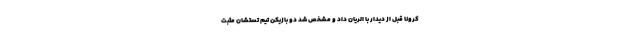
کرونا قبل از دیدار با الریان داد و مشخص شد دو بازیکن تیم تستشان مثبت